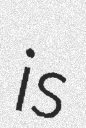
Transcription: is